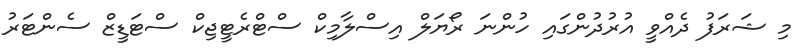
މި ޝަރަފު ދެއްވީ އުރުދުންގައި ހުންނަ ރޯޔަލް އިސްލާމިކް ސްޓްރެޓީޖިކް ސްޓަޑީޒް ސެންޓަރު